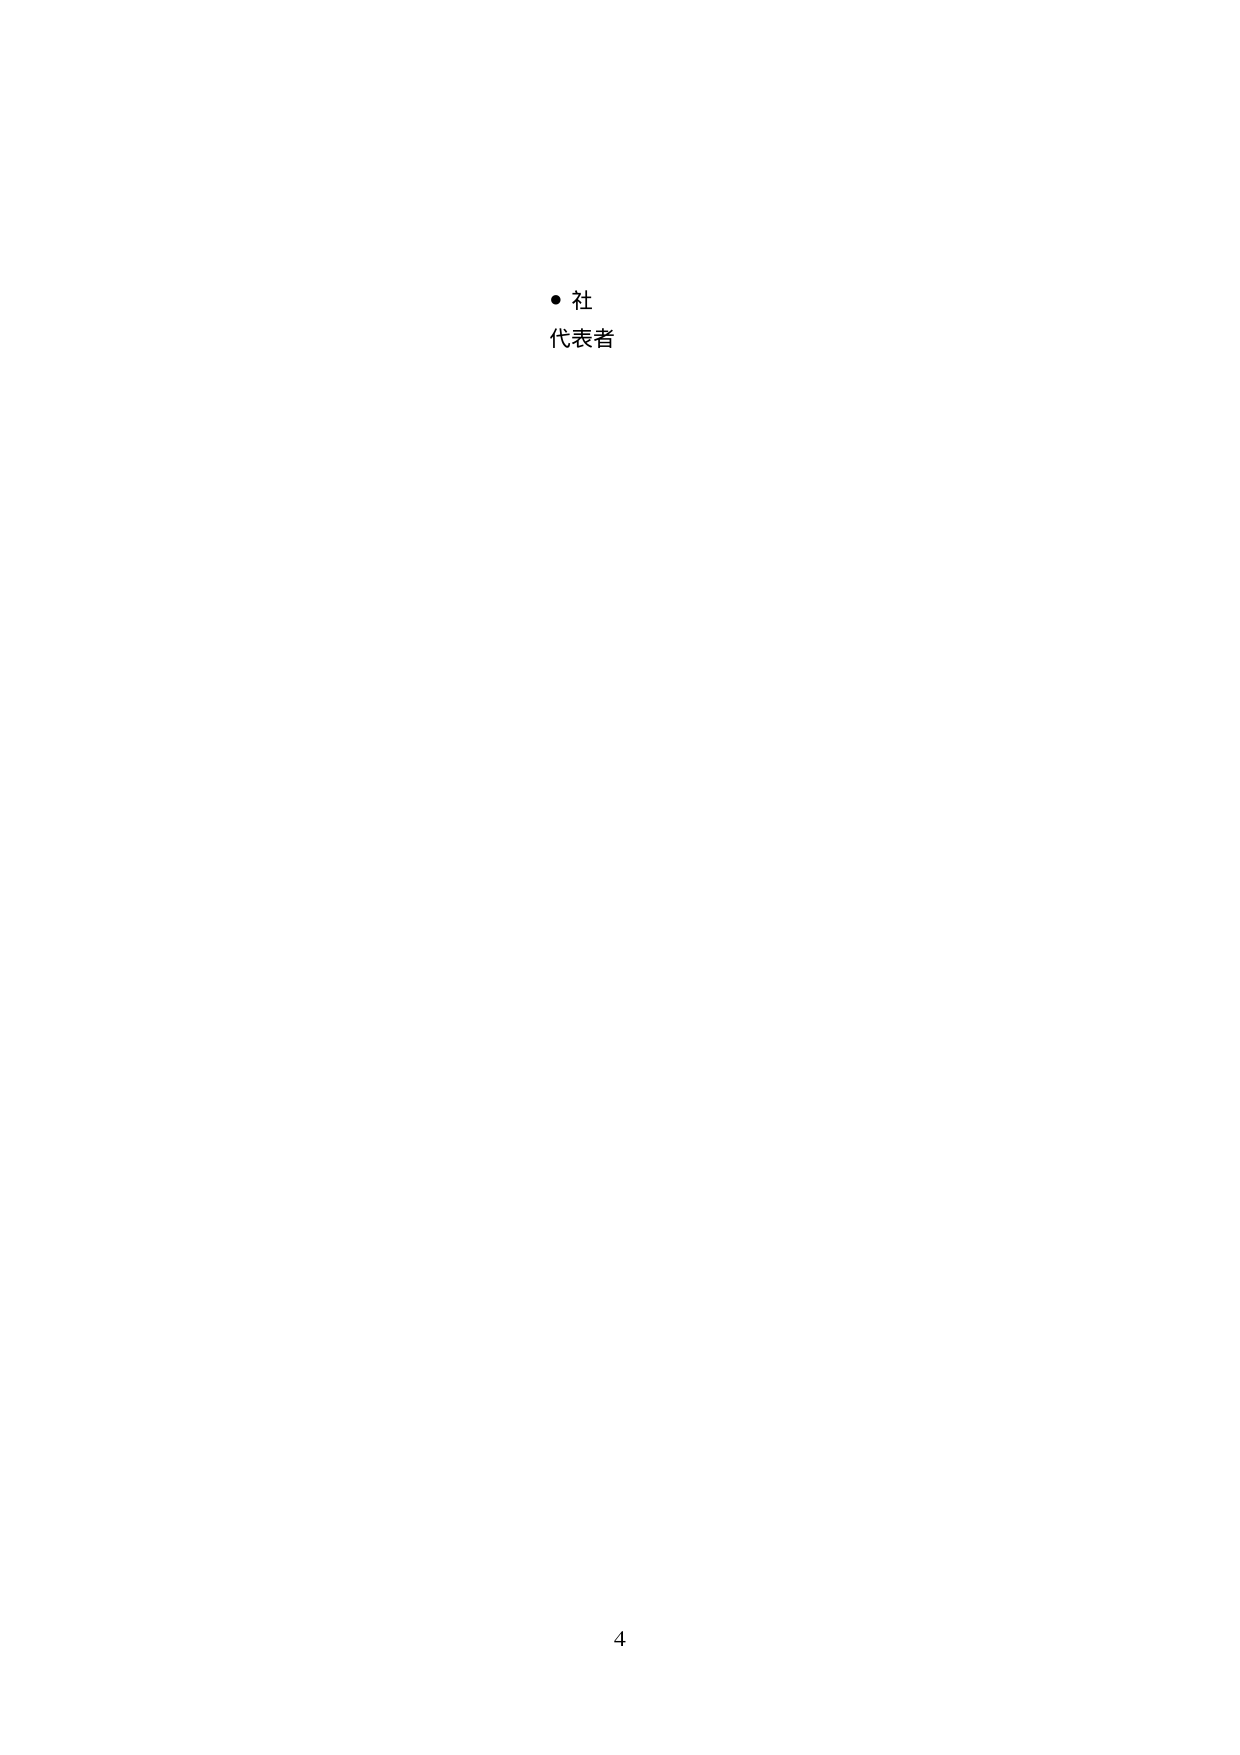
・社
代表者

4